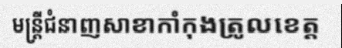
មន្ត្រីជំនាញសាខាកាំកុងត្រូលខេត្ត